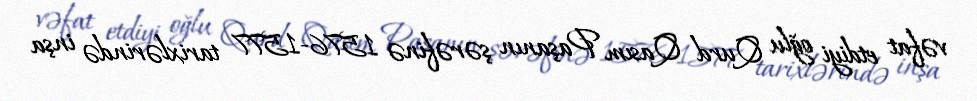
vəfat etdiyi oğlu Qurd Qasım Paşanın şərəfinə 1576-1577 tarixlərində inşa